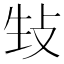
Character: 𪯉